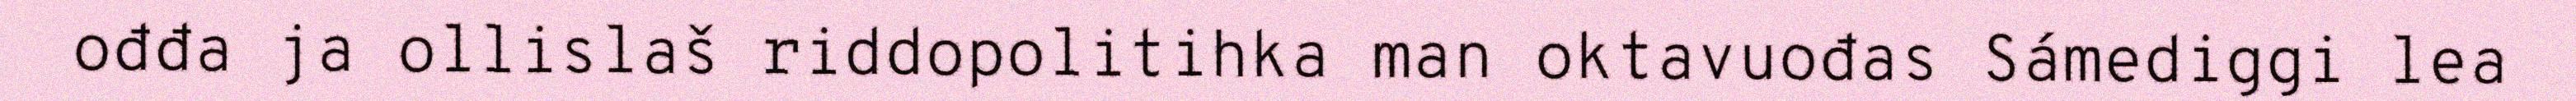
ođđa ja ollislaš riddopolitihka man oktavuođas Sámediggi lea